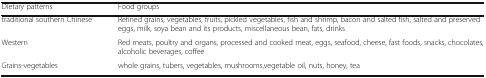
<table><thead><tr><td><b>Dietary patterns</b></td><td><b>Food groups</b></td></tr></thead><tbody><tr><td>traditional southern Chinese</td><td>Refined grains, vegetables, fruits, pickled vegetables, fish and shrimp, bacon and salted fish, salted and preserved eggs, milk, soya bean and its products, miscellaneous bean, fats, drinks</td></tr><tr><td>Western</td><td>Red meats, poultry and organs, processed and cooked meat, eggs, seafood, cheese, fast foods, snacks, chocolates, alcoholic beverages, coffee</td></tr><tr><td>Grains-vegetables</td><td>whole grains, tubers, vegetables, mushrooms,vegetable oil, nuts, honey, tea</td></tr></tbody></table>